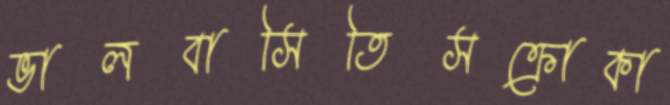
ভালবাসিতিসক্রোকা